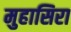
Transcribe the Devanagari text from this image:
मुहासिरा